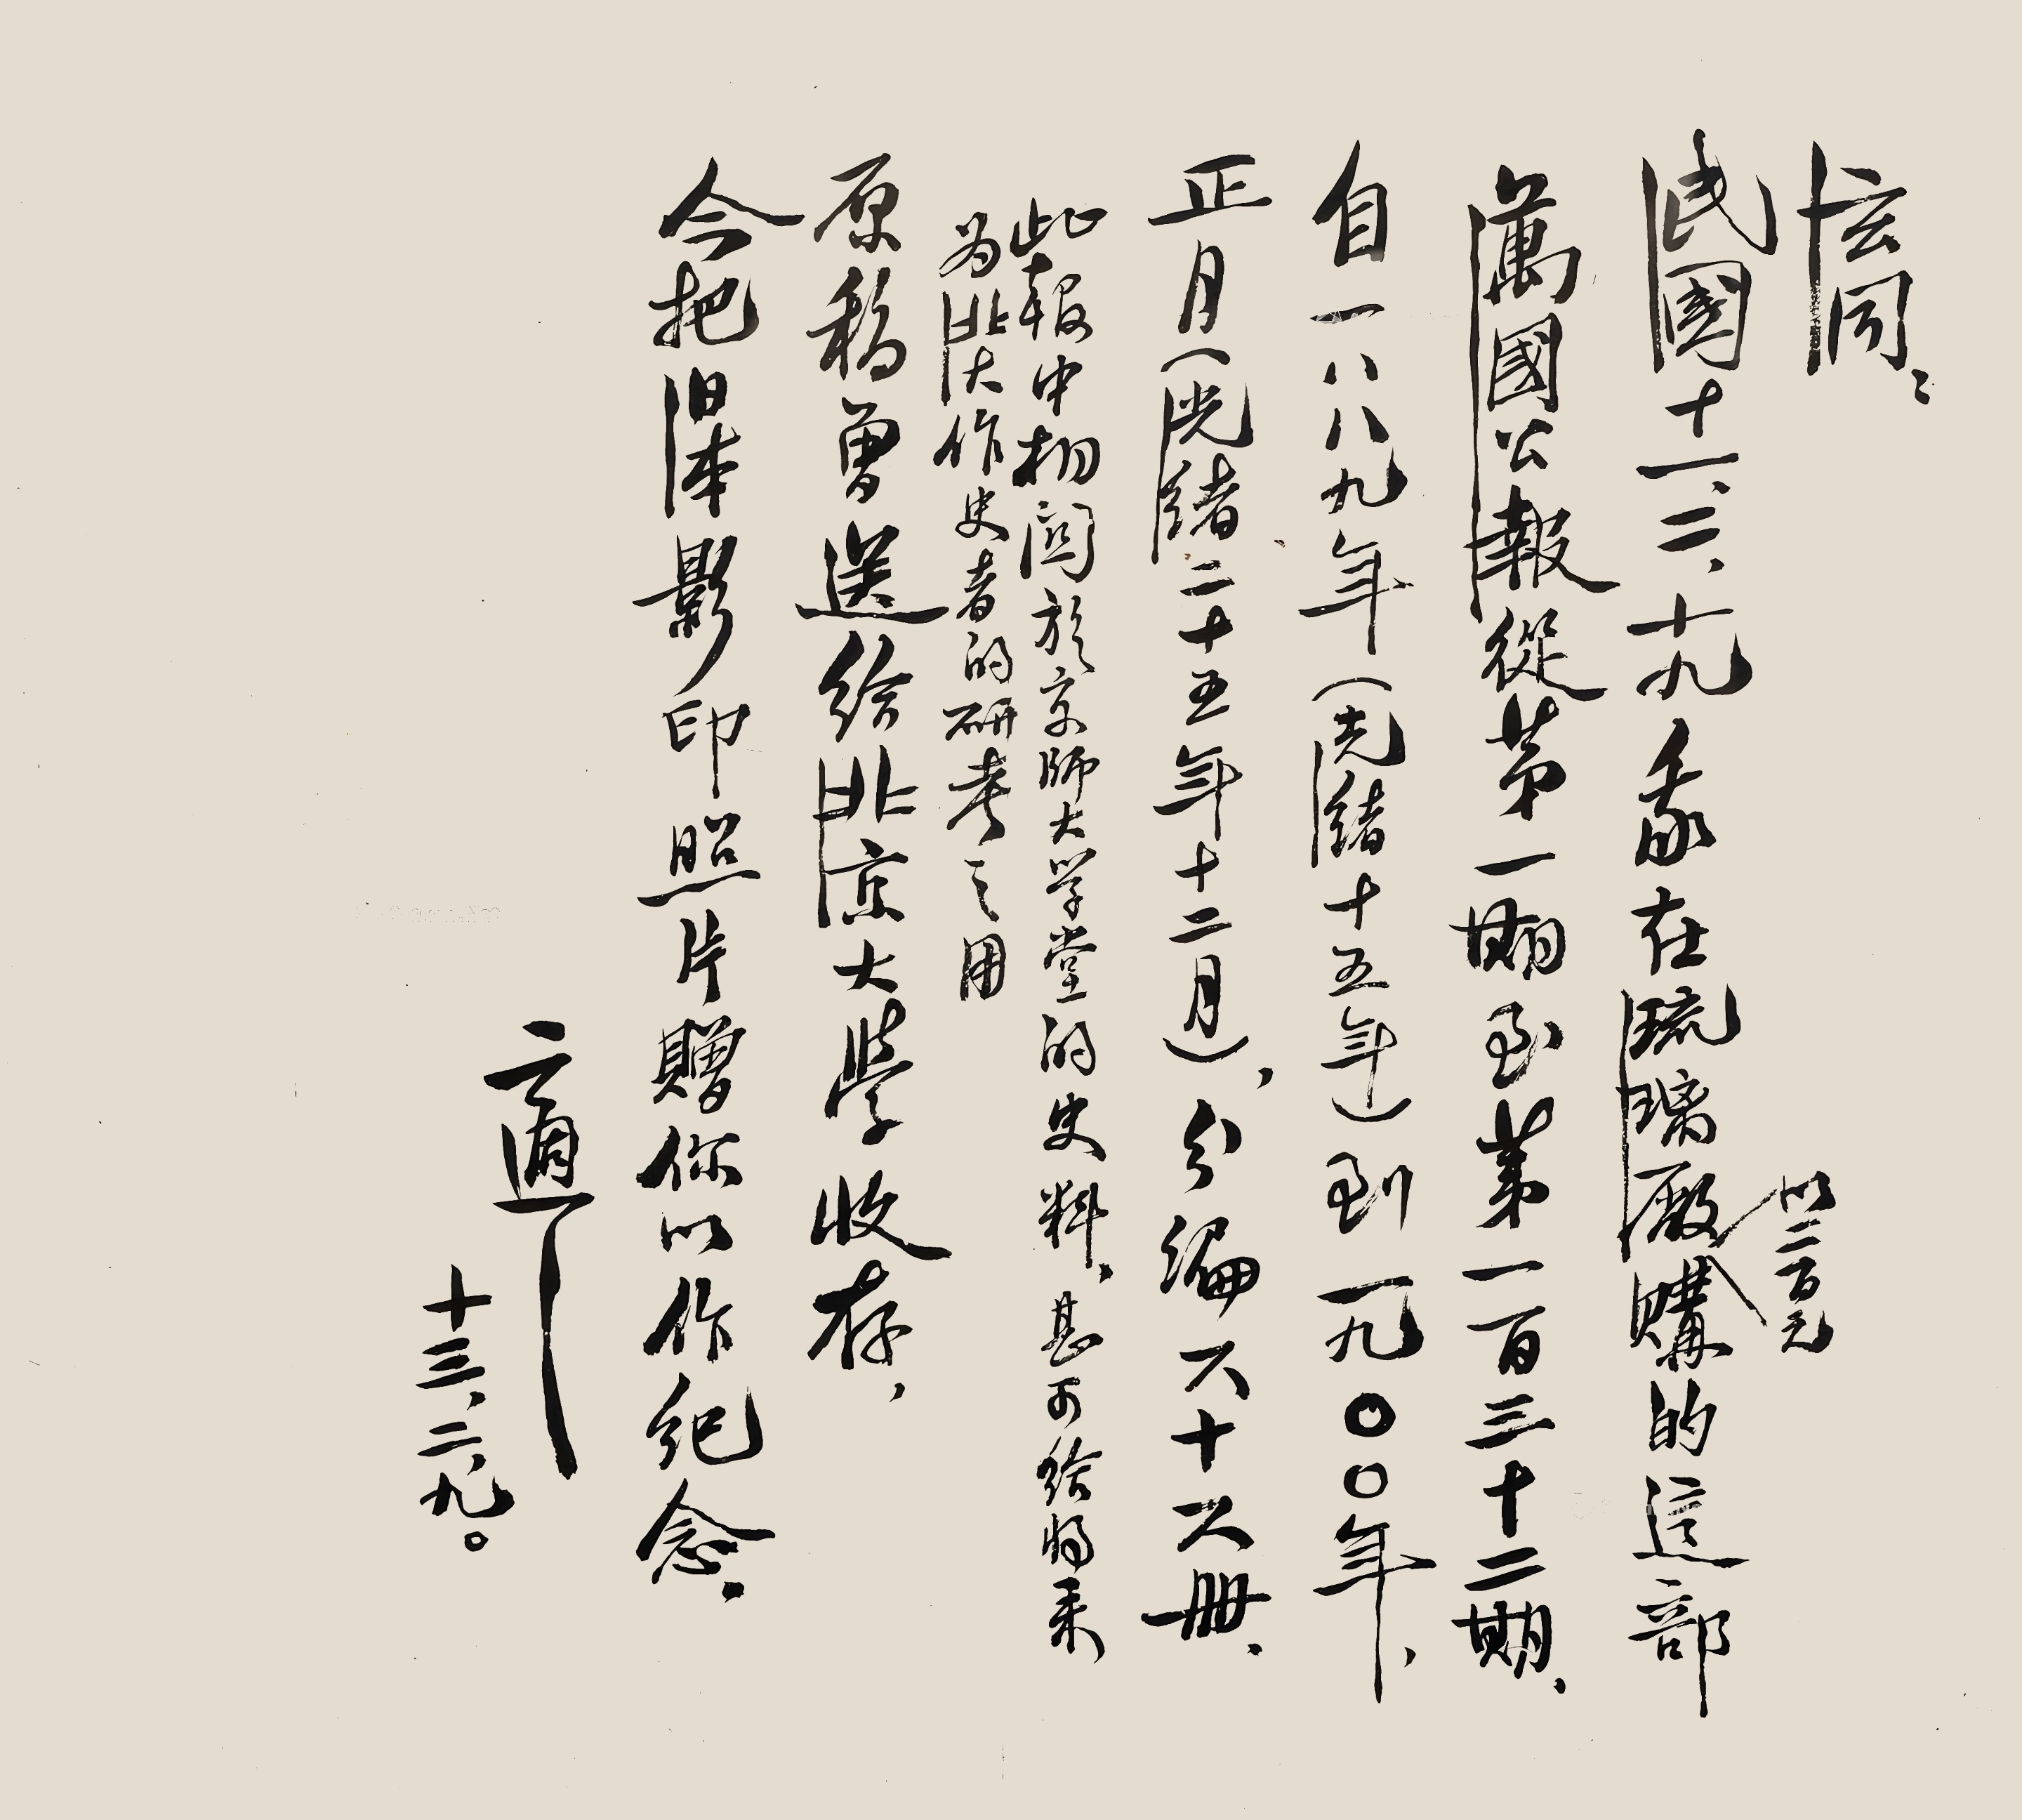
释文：玄同：民国十一、二、十九，我在琉璃厂以二佰元购的这部《万国公报》从第一期至第一百三十期，自一八八九年（光绪十五年）到一九〇〇年正月（光绪二十五年正月），分编六十六册。此报中相关于京师大学堂的史料，甚可给将来为「北大」作史者的研考之用。原稿曾送给北京大学收存，今把日本影印照片赠你以作纪念。适之。十三、二、九。